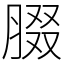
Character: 腏